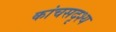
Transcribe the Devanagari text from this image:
कांचसदृश्य